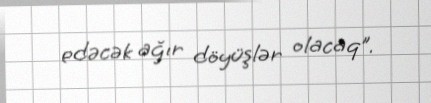
edəcək ağır döyüşlər olacaq”.